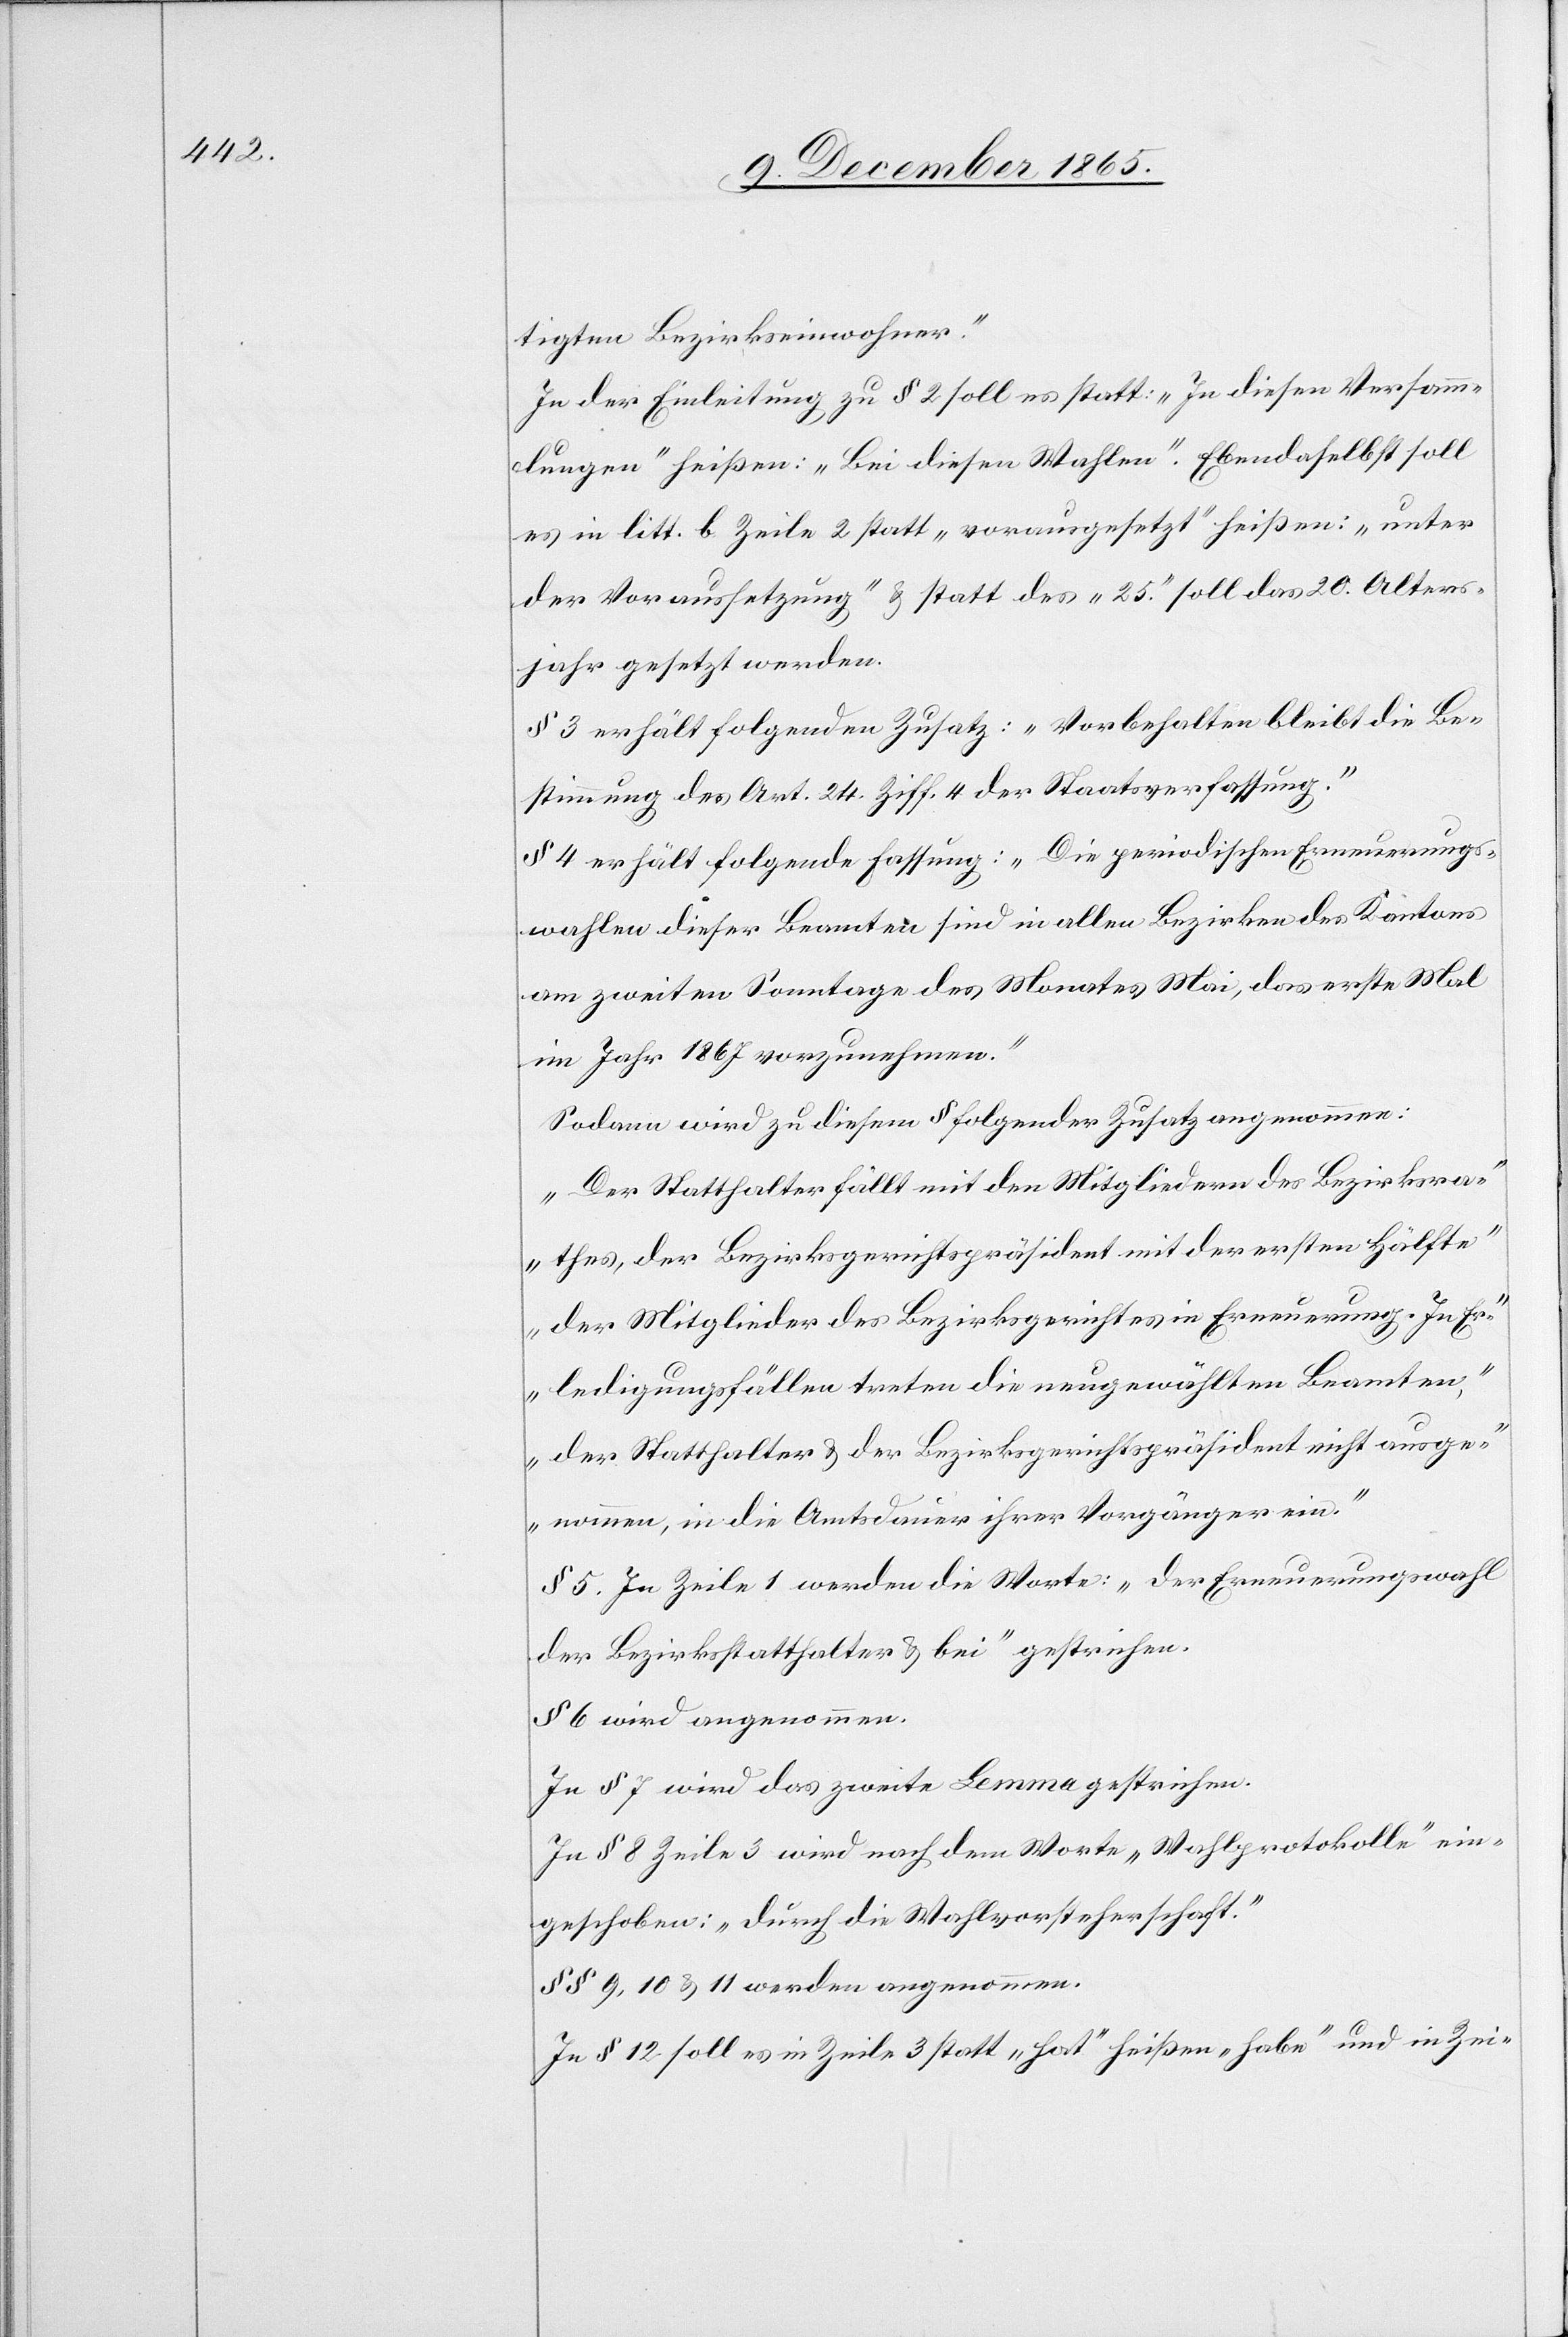
tigten Bezirkseinwohner.“
In der Einleitung zu § 2 soll es statt: „In diesen Versamm¬
lungen“ heißen: „Bei diesen Wahlen“. Ebendaselbst soll
es in litt. b Zeile 2 statt „vorausgesetzt“ heißen: „unter
der Voraussetzung“ & statt des „25.“ soll das 20. Alters¬
jahr gesetzt werden.
§ 3 erhält folgenden Zusatz: „Vorbehalten bleibt die Be¬
stimmung des Art. 24 Ziff. 4 der Staatsverfassung.“
§ 4 erhält folgende Fassung: „Die periodischen Erneuerungs¬
wahlen dieser Beamten sind in allen Bezirken des Kantons
am zweiten Sonntage des Monats Mai, das erste Mal
ihm Jahr 1867 vorzunehmen.“
Sodann wird zu diesem § folgender Zusatz angenommen:
„Der Statthalter fällt mit den Mitgliedern des Bezirksra¬
thes, der Bezirksgerichtspräsident mit der ersten Hälfte
der Mitglieder des Bezirksgerichtes in Erneuerung. In Er¬
ledigungsfällen treten die neugewählten Beamten,
der Statthalter & der Bezirksgerichtspräsident nicht ausge¬
nommen, in die Amtsdauer ihrer Vorgänger ein.“
§ 5. In Zeile 1 werden die Worte: „der Erneuerungswahl
der Bezirksstatthalter & bei“ gestrichen.
§ 6 wird angenommen.
In § 7 wird das zweite Lemma gestrichen.
In § 8 Zeile 3 wird nach dem Worte „Wahlprotokolle“ ein¬
geschoben: „durch die Wahlvorsteherschaft.“
§§ 9, 10 & 11 werden angenommen.
In § 12 soll es in Zeile 3 statt „hat“ heißen „habe“ und in Zei-